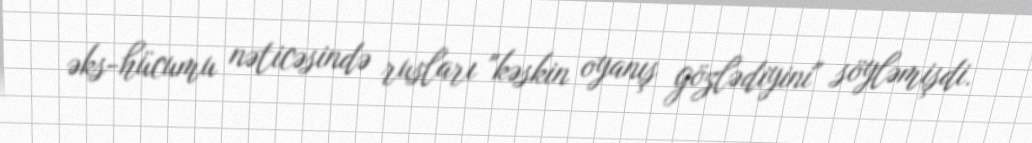
əks-hücumu nəticəsində rusları "kəskin oyanış gözlədiyini" söyləmişdi.